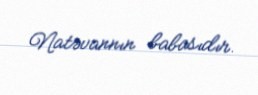
Natəvannın babasıdır.